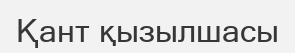
Қант қызылшасы